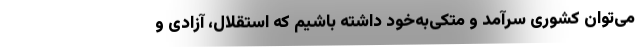
می‌توان کشوری سرآمد و متکی‌به‌خود داشته باشیم که استقلال، آزادی و